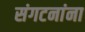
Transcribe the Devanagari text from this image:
संगटनांना